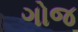
ગોજ